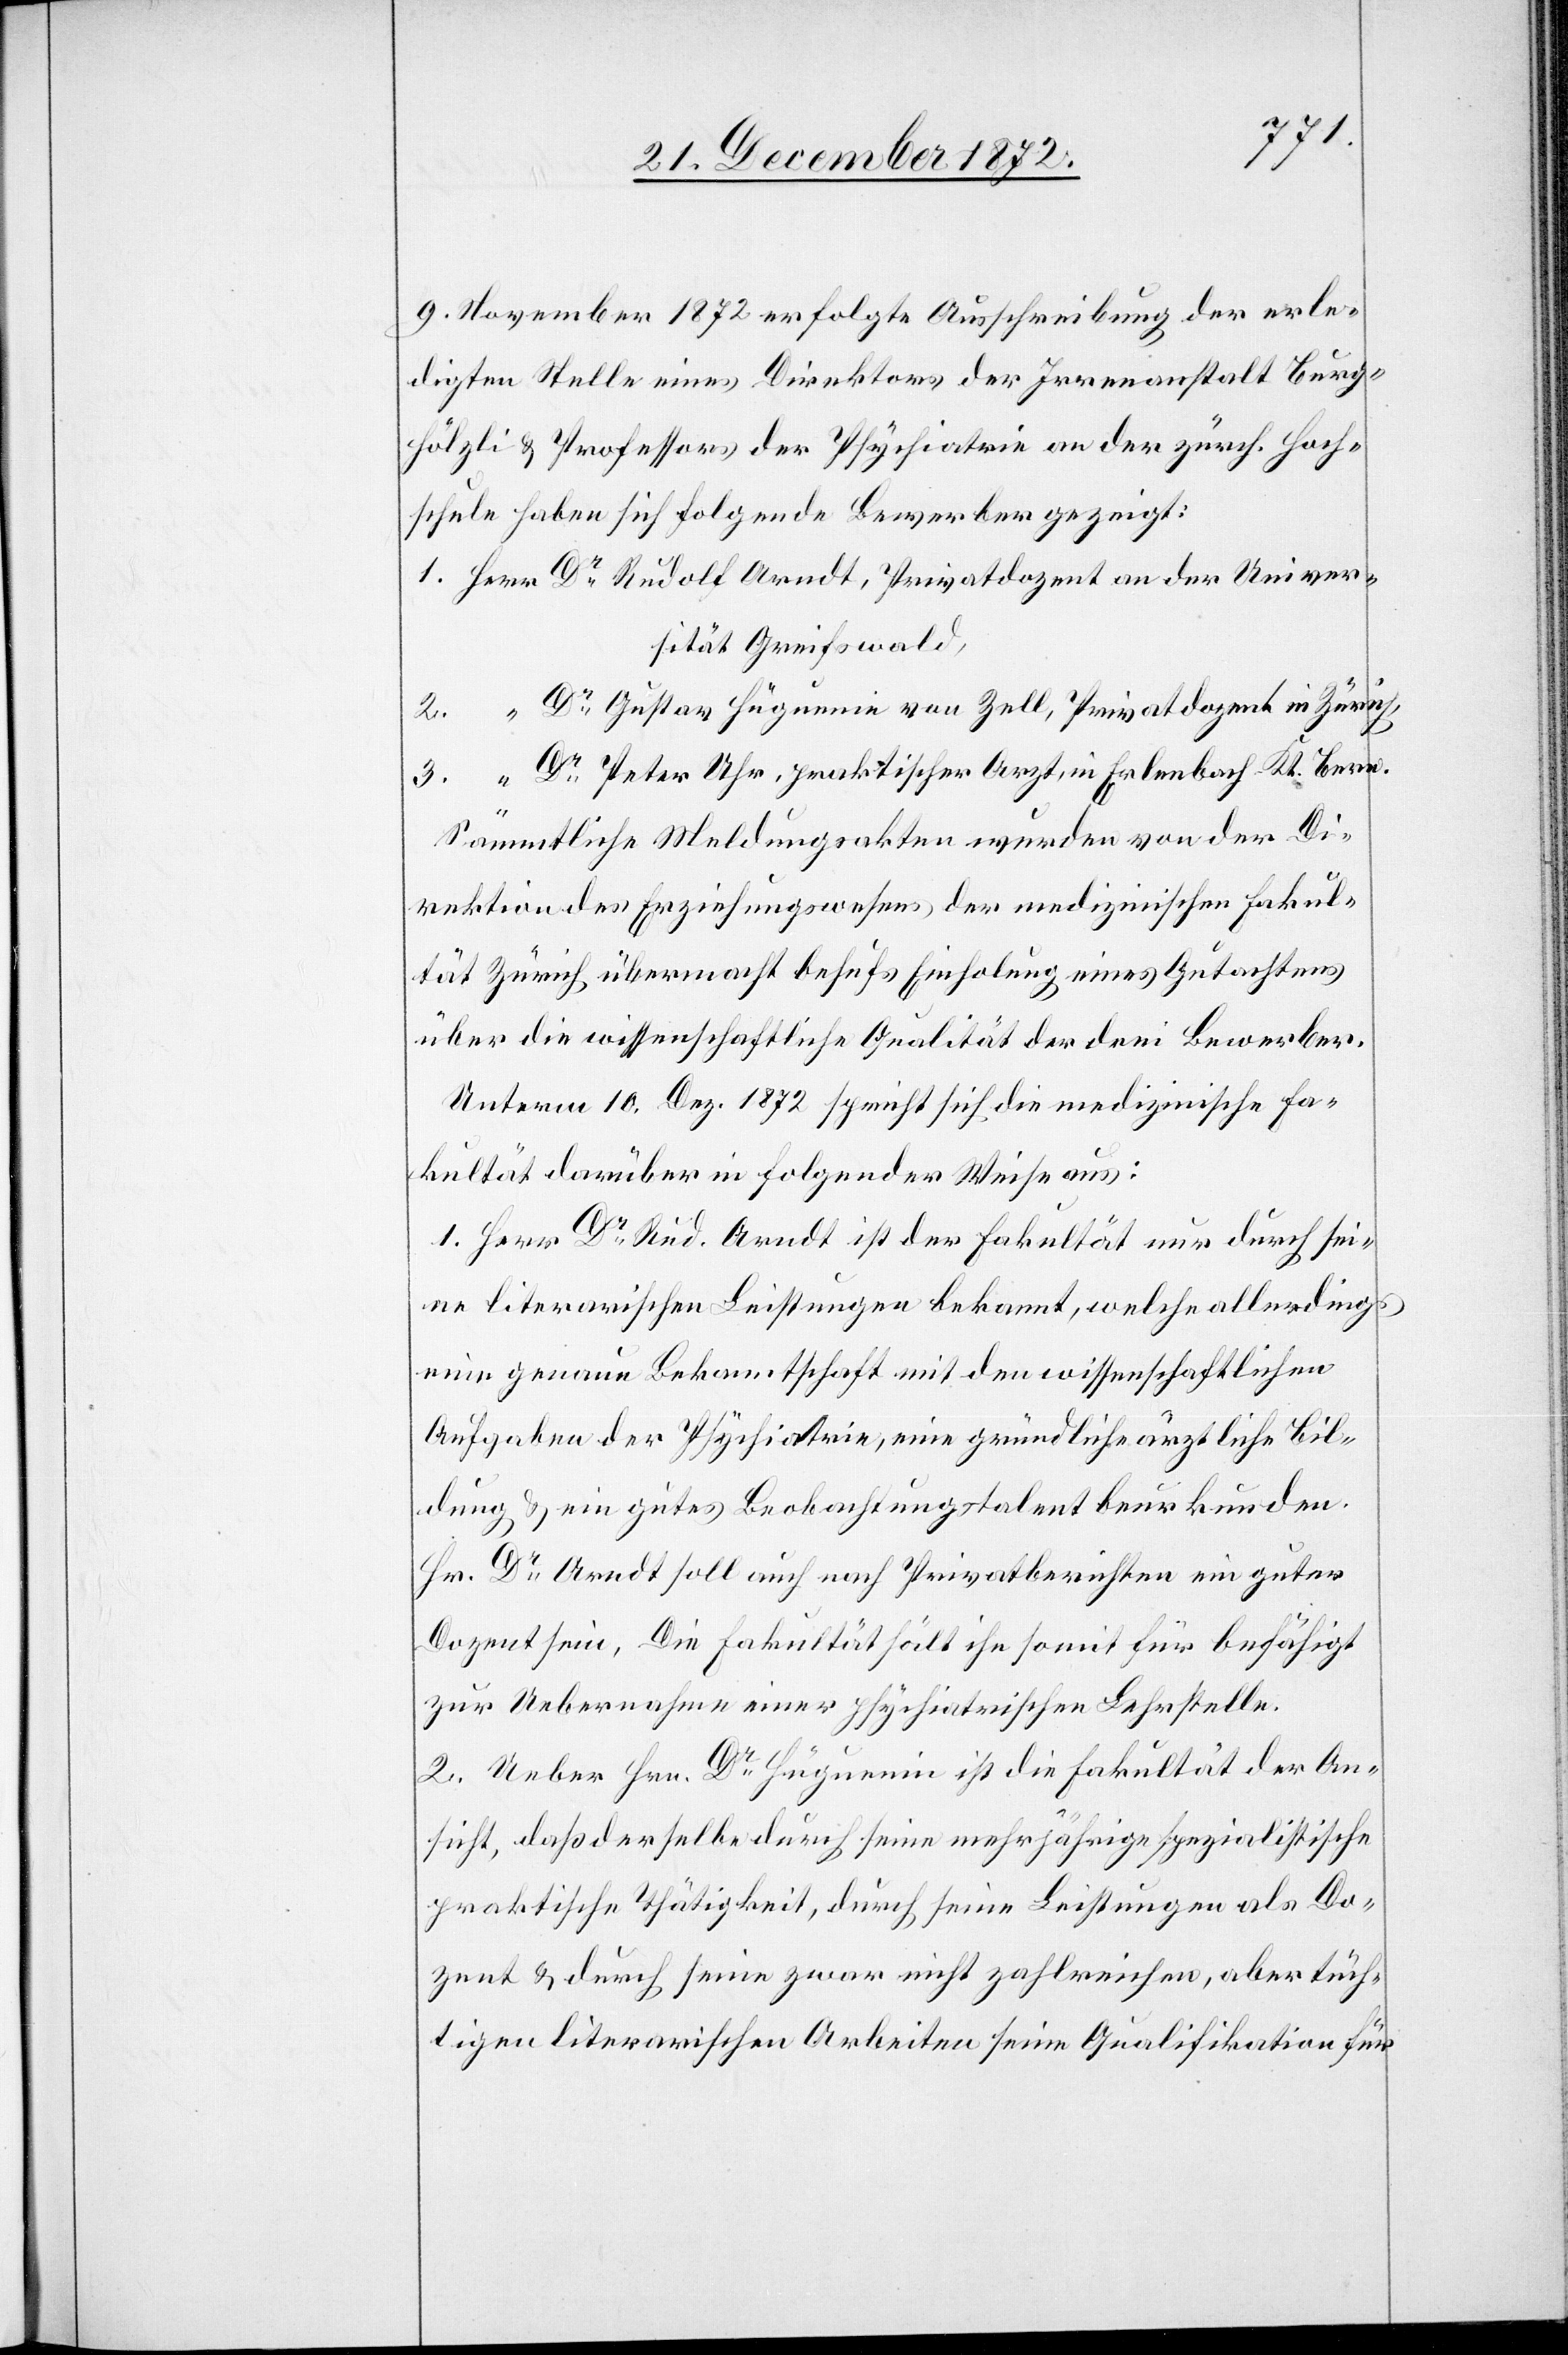
9. Dezember 1872 erfolgte Ausschreibung der erle¬
digten Stelle eines Direktors der Irrenanstalt Burg¬
hölzli u. Professors der Psychiatrie an der zürch. Hoch¬
schule haben sich folgende Bewerber gezeigt:
Dr Rudolf Arndt, Privatdozent an der Univer¬
sität Greifswald,
Dr Gustav Hüguenin [sic!] von Zell, Privatdozent in Zürich,
Dr Peter Uhr, praktischer Arzt, in Erlenbach-Kt. Bern.
Sämmtliche Meldungsakten wurden von der Di¬
rektion des Erziehungswesens der medizinischen Fakul¬
tät Zürich übermacht behufs Einholung eines Gutachtes
über die wissenschaftliche Qualität der drei Bewerber.
Unterm 10. Dez. 1872 spricht sich die medizinische Fa¬
kultät darüber in folgender Weise aus:
1. Herr Dr Rud. Arndt ist der Fakultät nur durch sei¬
ne literarischen Leistungen bekannt, welche allerdings
eine genaue Bekanntschaft mit den wissenschaftlichen
Aufgaben der Psychiatrie, eine gründliche ärztliche Bil¬
dung u. ein gutes Beobachtungstalent beurkunden.
Hr. Dr Arndt soll auch nach Privatberichten ein guter
Dozent sein. Die Fakultät hält ihn somit für befähigt
zur Uebernahme einer psychiatrischen Lehrstelle.
2. Ueber Hrn. Dr Hüguenin ist die Fakultät der An¬
sicht, daß der selbe durch seine mehrjährige spezialistische
praktische Thätigkeit, durch seine Leistungen als Do¬
zent u. durch seine zwar nicht zahlreichen, aber tüch¬
tigen literarischen Arbeiten seine Qualifikation für